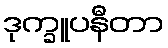
ဒုက္ခူပနီတာ